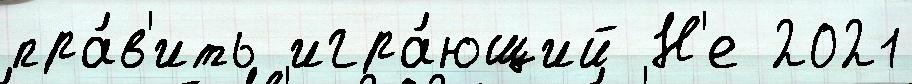
пра́в'ить игра́ющий Н'е 2021